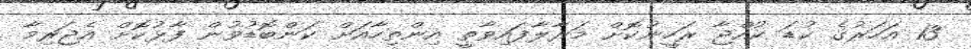
13 އަހަރުގެ ކުޑަ ކުއްޖާ ރަހީނުކޮށް މަރާލާފައިވާތީ އިންތިހާއަށް ކަންބޮޑުވުން ފާޅުކޮށް އެޖަރިމާ